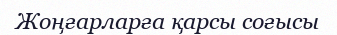
Жоңғарларға қарсы соғысы